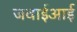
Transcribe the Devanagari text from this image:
जवाईआई